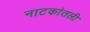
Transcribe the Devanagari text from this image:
नाटकांतली